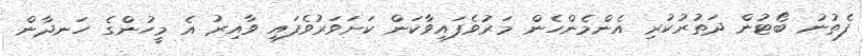
ފެތުނު ބޯޓުން ދަތުރުކުރި އެންމެންހެން މަރުވެފައިވާކަން ކަށަވަރުވެފައި ވާއިރު އެ މީހުންގެ ހަނދާން